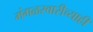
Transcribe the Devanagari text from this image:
मंगळस्वारीच्याही